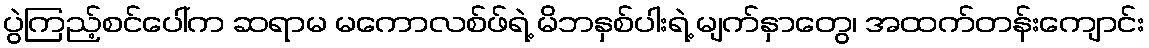
ပွဲကြည့်စင်ပေါ်က ဆရာမ မကောလစ်ဖ်ရဲ့ မိဘနှစ်ပါးရဲ့ မျက်နှာတွေ၊ အထက်တန်းကျောင်း